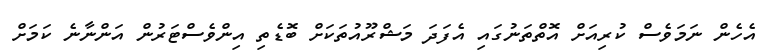
އެހެން ނަމަވެސް ކުރިއަށް އޮތްތަނުގައި އެފަދަ މަޝްރޫއުތަކަށް ބޮޑެތި އިންވެސްޓަރުން އަންނާނެ ކަމަށް